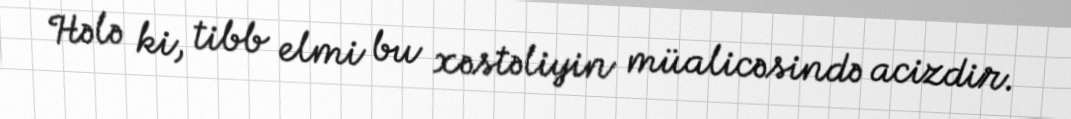
Hələ ki, tibb elmi bu xəstəliyin müalicəsində acizdir.